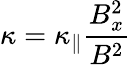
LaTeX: \kappa=\kappa_{\parallel}\frac{B_{x}^{2}}{B^{2}}